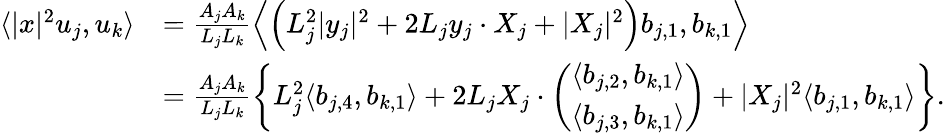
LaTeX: \begin{array}{rl}{\langle|x|^{2}u_{j},u_{k}\rangle}&{=\frac{A_{j}A_{k}}{L_{j}L_{k}}\left\langle\left(L_{j}^{2}|y_{j}|^{2}+2L_{j}y_{j}\cdot X_{j}+|X_{j}|^{2}\right)b_{j,1},b_{k,1}\right\rangle}\\ &{=\frac{A_{j}A_{k}}{L_{j}L_{k}}\left\{ L_{j}^{2}\langle b_{j,4},b_{k,1}\rangle+2L_{j}X_{j}\cdot\left(\begin{array}{l}{\langle b_{j,2},b_{k,1}\rangle}\\ {\langle b_{j,3},b_{k,1}\rangle}\end{array}\right)+|X_{j}|^{2}\langle b_{j,1},b_{k,1}\rangle\right\} .}\end{array}